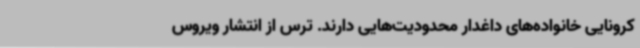
کرونایی خانواده‌های داغدار محدودیت‌هایی دارند. ترس از انتشار ویروس